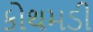
કોથમડી